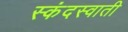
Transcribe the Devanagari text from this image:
स्कंदस्वाती